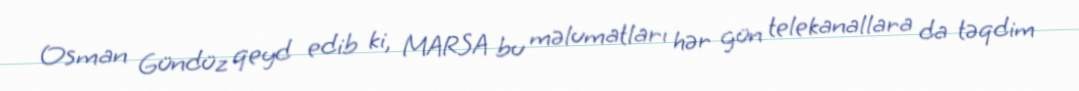
Osman Gündüz qeyd edib ki, MARSA bu məlumatları hər gün telekanallara da təqdim